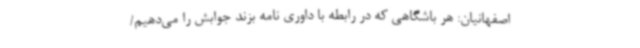
اصفهانیان: هر باشگاهی که در رابطه با داوری نامه بزند جوابش را می‌دهیم/